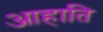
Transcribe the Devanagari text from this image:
आहाति